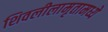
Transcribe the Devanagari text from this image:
शिवलीलामृतामध्ये